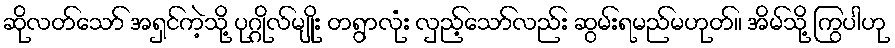
ဆိုလတ်သော် အရှင်ကဲ့သို့ ပုဂ္ဂိုလ်မျိုး တရွာလုံး လှည့်သော်လည်း ဆွမ်းရမည်မဟုတ်။ အိမ်သို့ ကြွပါဟု